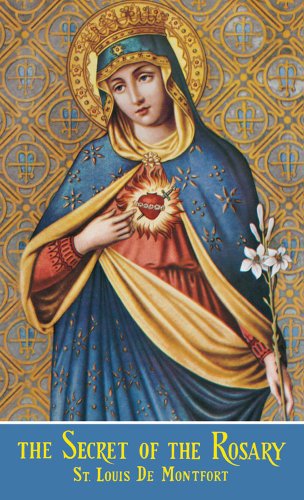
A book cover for The Secret Of The Rosary; St. Louis De Monfort; Christian Books & Bibles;